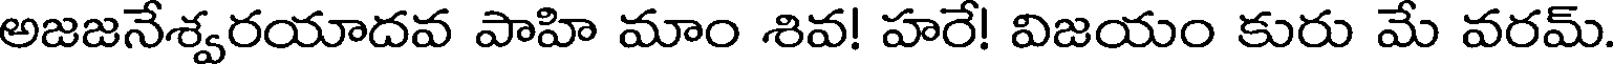
అజజనేశ్వరయాదవ పాహి మాం శివ! హరే! విజయం కురు మే వరమ్